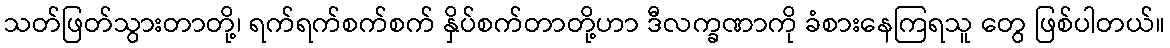
သတ်ဖြတ်သွားတာတို့၊ ရက်ရက်စက်စက် နှိပ်စက်တာတို့ဟာ ဒီလက္ခဏာကို ခံစားနေကြရသူ တွေ ဖြစ်ပါတယ်။